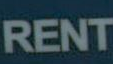
RENT